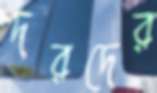
দরদের